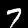
Label: 7